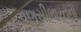
વણસીભારતના